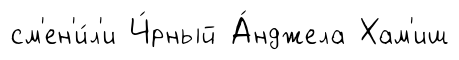
см'ен'и́л'и Ч́рный А́нджела Хам'иш